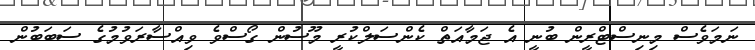
ނަމަވެސް މިނިސްޓްރީން ބުނީ އެ ޖަމާއަތް ކެންސަލްކުރީ މޫސުން ގޯސްވެ ވިއްސާރަވުމުގެ ސަބަބުން